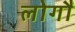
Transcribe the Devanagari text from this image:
लोगौं